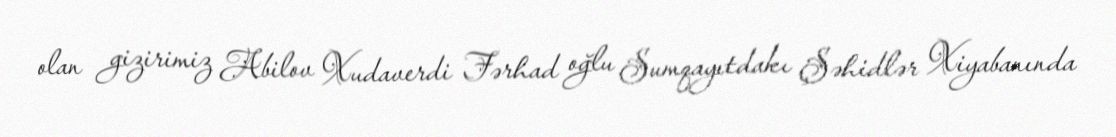
olan gizirimiz Abilov Xudaverdi Fərhad oğlu Sumqayıtdakı Şəhidlər Xiyabanında